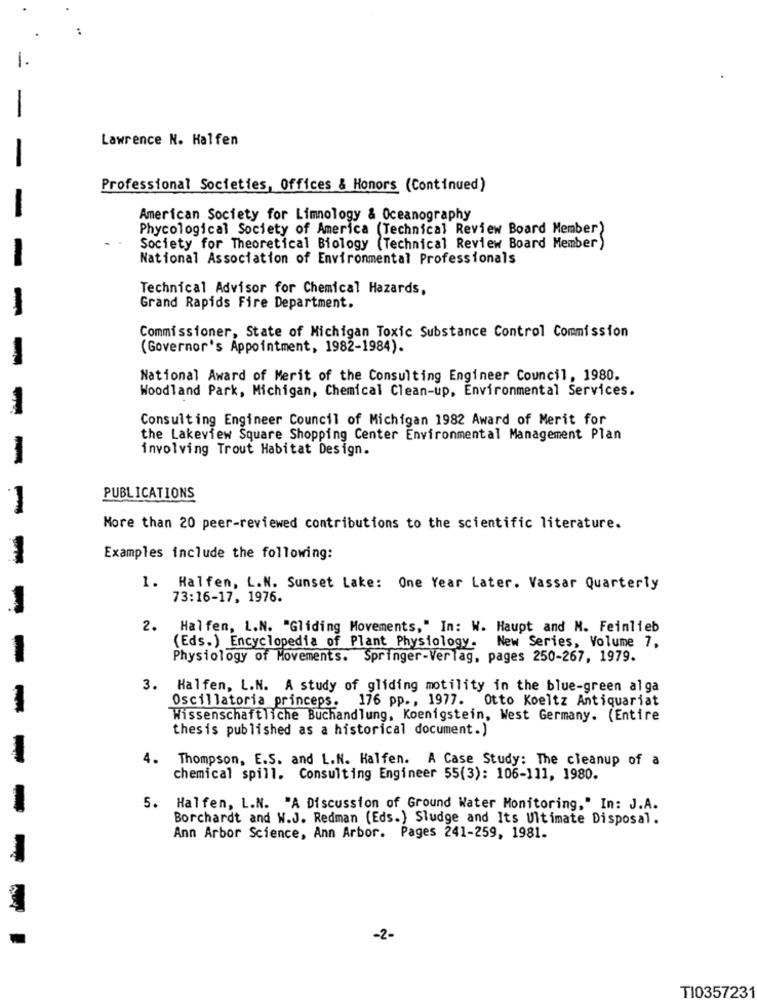
Lawrence N. Halfen
Professional Societies, Offices & Honors (Continued)
American Society for Limnology & Oceanography
Phycological Society of America (Technical Review Board Member)
Society for Theoretical Biology (Technical Review Board Member)
National Association of Environmental Professionals
Technical Advisor for Chemical Hazards,
-
Grand Rapids Fire Department.
Commissioner, State of Michigan Toxic Substance Control Commission
(Governor's Appointment, 1982-1984).
-
National Award of Merit of the Consulting Engineer Council, 1980.
Woodland Park, Michigan, Chemical Clean-up, Environmental Services.
Consulting Engineer Council of Michigan 1982 Award of Merit for
the Lakeview Square Shopping Center Environmental Management Plan
involving Trout Habitat Design.
-
PUBLICATIONS
More than 20 peer-reviewed contributions to the scientific literature.
-
Examples include the following:
1. Halfen, L.N. Sunset Lake: One Year Later. Vassar Quarterly
73:16-17, 1976.
-
2. Halfen, L.N. "Gliding Movements," In: W. Haupt and M. Feinlieb
New Series, Volume 7,
(Eds.) Encyclopedia of Plant Physiology.
-
Physiology of Movements. Springer-Verlag, pages 250-267, 1979.
3.
Halfen, L.N. A study of gliding motility in the blue-green alga
Oscillatoria princeps. 176 pp ., 1977. Otto Koeltz Antiquariat
-
Wissenschaftliche Buchandlung, Koenigstein, West Germany. (Entire
thesis published as a historical document.)
4.
Thompson, E.S. and L.N. Halfen. A Case Study: The cleanup of a
chemical spill. Consulting Engineer 55(3): 106-111, 1980.
5. Halfen, L.N. "A Discussion of Ground Water Monitoring," In: J.A.
Borchardt and W.J. Redman (Eds.) Sludge and Its Ultimate Disposal.
Ann Arbor Science, Ann Arbor. Pages 241-259, 1981.
-2-
TI0357231